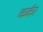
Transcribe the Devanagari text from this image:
कर्कर